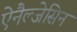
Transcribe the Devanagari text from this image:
ऐनैल्जेसिन